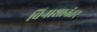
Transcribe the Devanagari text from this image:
विनाशानंतर